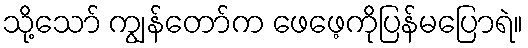
သို့သော် ကျွန်တော်က ဖေဖေ့ကိုပြန်မပြောရဲ။